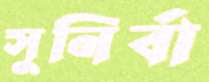
সুনির্বা